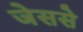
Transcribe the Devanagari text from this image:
जेससे